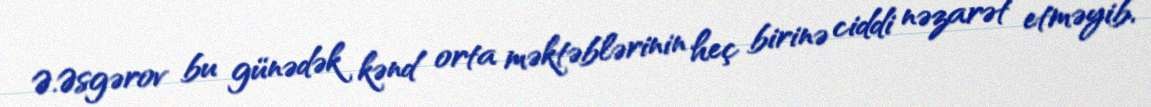
Ə.Əsgərov bu günədək kənd orta məktəblərinin heç birinə ciddi nəzarət etməyib,